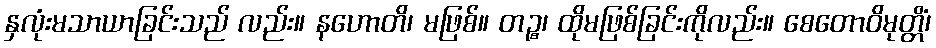
နှလုံးမသာယာခြင်းသည် လည်း။ နဟောတိ၊ မဖြစ်။ တဉ္စ၊ ထိုမဖြစ်ခြင်းကိုလည်း။ စေတောဝိမုတ္တိံ၊